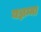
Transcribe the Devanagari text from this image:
यज्ञम्मा